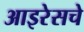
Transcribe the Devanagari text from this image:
आइरेसचे